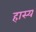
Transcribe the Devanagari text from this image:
हास्‍य